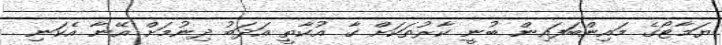
ޔަމާޓޯގެ މައިންބަފައިން ބުނީ ކާރުތަކަށް ގާ އުކާތީ އަދަބު ދިނުމަށް އޭނާ އެކަނި